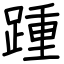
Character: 踵